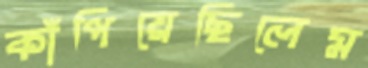
কাঁপিয়েছিলেম